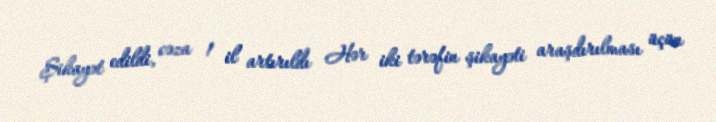
Şikayət edildi, cəza 1 il artırıldı Hər iki tərəfin şikayəti araşdırılması üçün